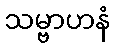
သမ္ဗာဟနံ